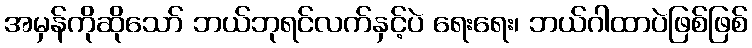
အမှန်ကိုဆိုသော် ဘယ်ဘုရင်လက်နှင့်ပဲ ရေးရေး၊ ဘယ်ဂါထာပဲဖြစ်ဖြစ်